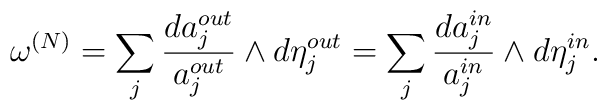
\omega\sp{(N)}=\sum_{j}\frac{da_{j}\sp{out}}{a_{j}\sp{out}}\wedge d\eta_{j}\sp{out}=\sum_{j}\frac{da_{j}\sp{in}}{a_{j}\sp{in}}\wedge d\eta_{j}\sp{in}.